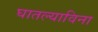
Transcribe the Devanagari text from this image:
घातल्याविना